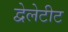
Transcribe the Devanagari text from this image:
द्वेलेटीट